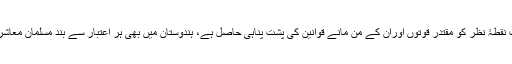
یہ دشواری پاکستان میں تو ہے ہی جہاں اس غالب نقطۂ نظر کو مقتدر قوتوں اوران کے من مانے قوانین کی پشت پناہی حاصل ہے، ہندوستان میں بھی ہر اعتبار سے بند مسلمان معاشرے کے داخلی دباؤ کے باعث کچھ ایسی کم نہیں۔